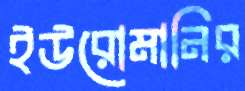
ইউরোমানির